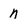
Character: n